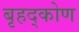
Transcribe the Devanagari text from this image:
बृहद्कोण